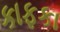
કાફકા